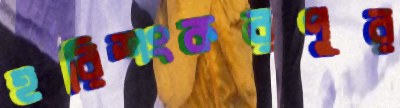
হরিশংকরপুর